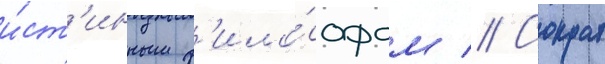
и́ст'инным ф'ило́софом // Сократ